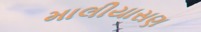
માલીયાસણ